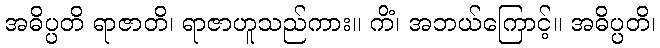
အဓိပ္ပတိ ရာဇာတိ၊ ရာဇာဟူသည်ကား။ ကိံ၊ အဘယ်ကြောင့်။ အဓိပ္ပတိ၊